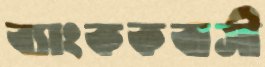
ব্যাংককবাসী